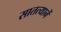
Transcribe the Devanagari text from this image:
सातत्यानें